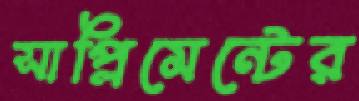
সাপ্লিমেন্টের